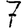
Digit: 7